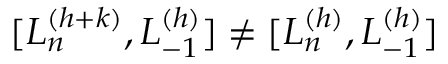
[ L _ { n } ^ { ( h + k ) } , L _ { - 1 } ^ { ( h ) } ] \neq [ L _ { n } ^ { ( h ) } , L _ { - 1 } ^ { ( h ) } ]